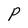
Character: P